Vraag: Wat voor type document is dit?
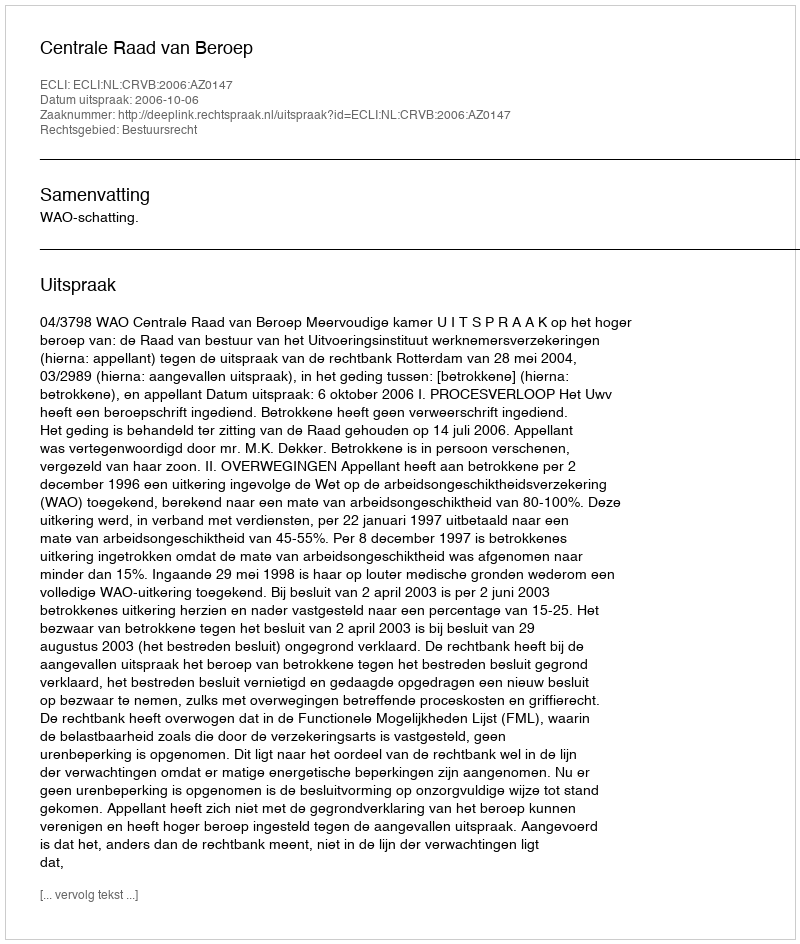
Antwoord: Uitspraak